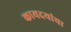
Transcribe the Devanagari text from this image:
कायदयांचा